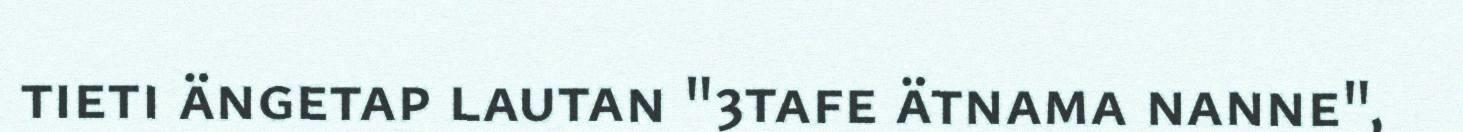
tieti ängetap lautan "3tafe ätnama nanne",